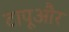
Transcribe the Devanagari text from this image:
टापूऔर